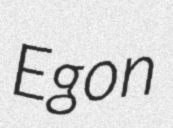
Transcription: Egon